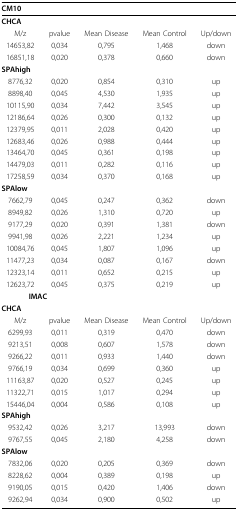
<table><thead><tr><td colspan="2"><b>CM10</b></td><td></td><td></td><td></td></tr></thead><tbody><tr><td><b>CHCA</b></td><td></td><td></td><td></td><td></td></tr><tr><td>M/z</td><td>pvalue</td><td>Mean Disease</td><td>Mean Control</td><td>Up/down</td></tr><tr><td>14653,82</td><td>0,034</td><td>0,795</td><td>1,468</td><td>down</td></tr><tr><td>16851,18</td><td>0,020</td><td>0,378</td><td>0,660</td><td>down</td></tr><tr><td><b>SPAhigh</b></td><td></td><td></td><td></td><td></td></tr><tr><td>8776,32</td><td>0,020</td><td>0,854</td><td>0,310</td><td>up</td></tr><tr><td>8898,40</td><td>0,045</td><td>4,530</td><td>1,935</td><td>up</td></tr><tr><td>10115,90</td><td>0,034</td><td>7,442</td><td>3,545</td><td>up</td></tr><tr><td>12186,64</td><td>0,026</td><td>0,300</td><td>0,132</td><td>up</td></tr><tr><td>12379,95</td><td>0,011</td><td>2,028</td><td>0,420</td><td>up</td></tr><tr><td>12683,46</td><td>0,026</td><td>0,988</td><td>0,444</td><td>up</td></tr><tr><td>13464,70</td><td>0,045</td><td>0,361</td><td>0,198</td><td>up</td></tr><tr><td>14479,03</td><td>0,011</td><td>0,282</td><td>0,116</td><td>up</td></tr><tr><td>17258,59</td><td>0,034</td><td>0,370</td><td>0,168</td><td>up</td></tr><tr><td><b>SPAlow</b></td><td></td><td></td><td></td><td></td></tr><tr><td>7662,79</td><td>0,045</td><td>0,247</td><td>0,362</td><td>down</td></tr><tr><td>8949,82</td><td>0,026</td><td>1,310</td><td>0,720</td><td>up</td></tr><tr><td>9177,29</td><td>0,020</td><td>0,391</td><td>1,381</td><td>down</td></tr><tr><td>9941,98</td><td>0,026</td><td>2,221</td><td>1,234</td><td>up</td></tr><tr><td>10084,76</td><td>0,045</td><td>1,807</td><td>1,096</td><td>up</td></tr><tr><td>11477,23</td><td>0,034</td><td>0,087</td><td>0,167</td><td>down</td></tr><tr><td>12323,14</td><td>0,011</td><td>0,652</td><td>0,215</td><td>up</td></tr><tr><td>12623,72</td><td>0,045</td><td>0,375</td><td>0,219</td><td>up</td></tr><tr><td colspan="2"><b>IMAC</b></td><td></td><td></td><td></td></tr><tr><td><b>CHCA</b></td><td colspan="4"></td></tr><tr><td>M/z</td><td>pvalue</td><td>Mean Disease</td><td>Mean Control</td><td>Up/down</td></tr><tr><td>6299,93</td><td>0,011</td><td>0,319</td><td>0,470</td><td>down</td></tr><tr><td>9213,51</td><td>0,008</td><td>0,607</td><td>1,578</td><td>down</td></tr><tr><td>9266,22</td><td>0,011</td><td>0,933</td><td>1,440</td><td>down</td></tr><tr><td>9766,19</td><td>0,034</td><td>0,699</td><td>0,360</td><td>up</td></tr><tr><td>11163,87</td><td>0,020</td><td>0,527</td><td>0,245</td><td>up</td></tr><tr><td>11322,71</td><td>0,015</td><td>1,017</td><td>0,294</td><td>up</td></tr><tr><td>15446,04</td><td>0,004</td><td>0,586</td><td>0,108</td><td>up</td></tr><tr><td><b>SPAhigh</b></td><td></td><td></td><td></td><td></td></tr><tr><td>9532,42</td><td>0,026</td><td>3,217</td><td>13,993</td><td>down</td></tr><tr><td>9767,55</td><td>0,045</td><td>2,180</td><td>4,258</td><td>down</td></tr><tr><td><b>SPAlow</b></td><td></td><td></td><td></td><td></td></tr><tr><td>7832,06</td><td>0,020</td><td>0,205</td><td>0,369</td><td>down</td></tr><tr><td>8228,62</td><td>0,004</td><td>0,389</td><td>0,198</td><td>up</td></tr><tr><td>9190,05</td><td>0,015</td><td>0,420</td><td>1,406</td><td>down</td></tr><tr><td>9262,94</td><td>0,034</td><td>0,900</td><td>0,502</td><td>up</td></tr></tbody></table>